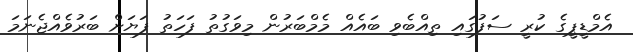
އެމްޑީޕީގެ ކުރީ ސަފުގައި ތިއްބެވި ބައެއް މެމްބަރުން މިވަގުތު ފަހަތު ފަޔަށް ބަރުވެއްޖެނަމަ